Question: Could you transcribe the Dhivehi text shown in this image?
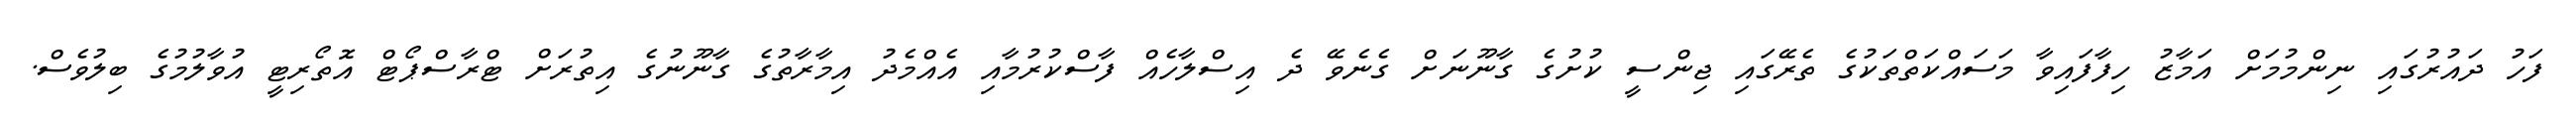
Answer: ފަހު ދައުރުގައި ނިންމުމަށް އަމާޒު ހިފާފައިވާ މަސައްކަތްތަކުގެ ތެރޭގައި ޖިންސީ ކުށުގެ ގާނޫނަށް ގެނެވޭ ދެ އިސްލާހެއް ފާސްކުރުމާއި އެއްމެދު އިމާރާތުގެ ގާނޫނުގެ އިތުރަށް ޓްރާސްޕޯޓް އޮތޯރިޓީ އުވާލުމުގެ ބިލުވެސް.